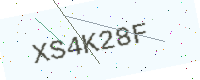
Text: XS4K28F